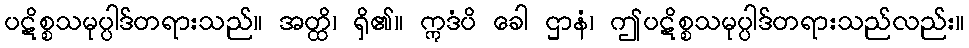
ပဋိစ္စသမုပ္ပါဒ်တရားသည်။ အတ္ထိ၊ ရှိ၏။ ဣဒံပိ ခေါ ဌာနံ၊ ဤပဋိစ္စသမုပ္ပါဒ်တရားသည်လည်း။